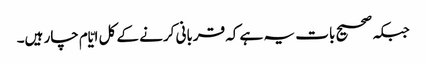
جبکہ صحیح بات یہ ہے کہ قربانی کرنے کے کل ایّام چار ہیں۔